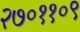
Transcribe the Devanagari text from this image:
२७०११०९